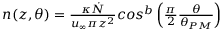
\begin{array} { r } { n ( z , \theta ) = \frac { \kappa \dot { N } } { u _ { \infty } \pi z ^ { 2 } } c o s ^ { b } \left( \frac { \pi } { 2 } \frac { \theta } { \theta _ { P M } } \right) } \end{array}